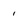
Character: 1